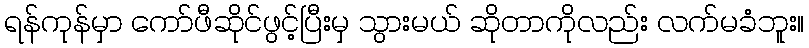
ရန်ကုန်မှာ ကော်ဖီဆိုင်ဖွင့်ပြီးမှ သွားမယ် ဆိုတာကိုလည်း လက်မခံဘူး။